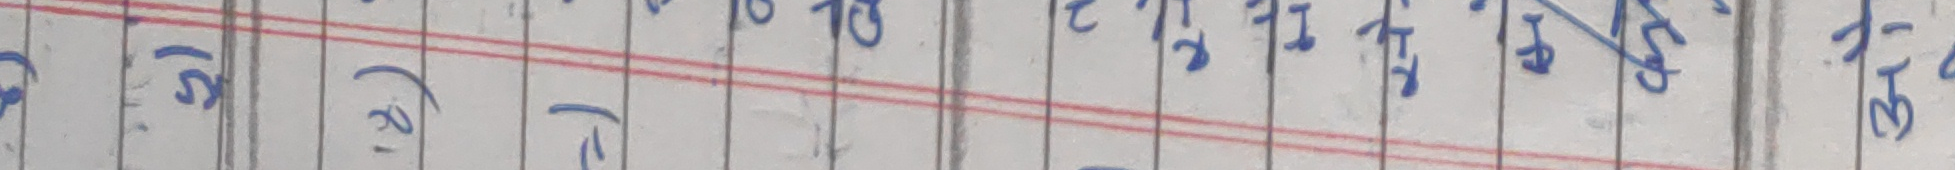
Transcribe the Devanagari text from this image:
(१६) (१२) (क) (ख) (ग) (घ) (ङ) (च) (छ) (ज) (झ) (ञ)